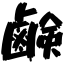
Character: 鹸